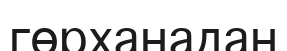
гөрханадан